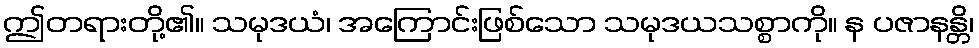
ဤတရားတို့၏။ သမုဒယံ၊ အကြောင်းဖြစ်သော သမုဒယသစ္စာကို။ န ပဇာနန္တိ၊